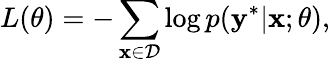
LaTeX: L(\theta)=-\sum_{\mathbf{x}\in\mathcal{D}}\log p(\mathbf{y}^{*}\vert\mathbf{x};\theta),